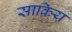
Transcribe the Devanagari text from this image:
साक़िय